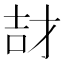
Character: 𮰱